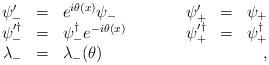
LaTeX: \begin{align*}\begin{array}{rclcrcl} \psi^{\prime}_{-} & = & e^{i\theta (x)}\psi_{-} &\quad \quad& \psi^{\prime}_{+} & = & \psi_{+} \\ \psi^{\prime \dag }_{-} & = & \psi^{\dag}_{-} e^{- i \theta (x) } &\quad\quad &\psi^{\prime \dag}_{+} & = & \psi^{\dag}_{+} \\ \lambda_{-} &=& \lambda_{-}(\theta) &&&&\quad, \end{array}\end{align*}